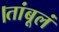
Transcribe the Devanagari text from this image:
।तांबूलं